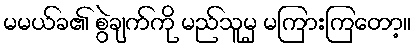
မမယ်ခ၏ စွဲချက်ကို မည်သူမှ မကြားကြတော့။